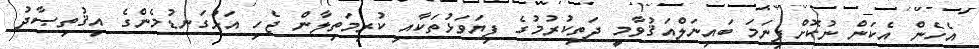
އެހެން އެކަން ނުކޮށްފިނަމަ ބައިނަލްއަޤުވާމީ ދަތިކުރުމުގެ ފިޔަވަޅުތަކާއި ކުރިމަތިލާން ޖެހި އަޅުގަނޑުމެންގެ އިޤުތިޞާދު